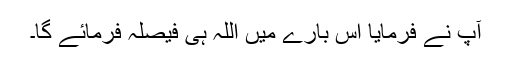
آپ نے فرمایا اس بارے میں اللہ ہی فیصلہ فرمائے گا۔